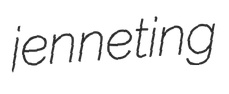
jenneting